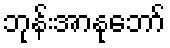
ဘုန်းအာနုဘော်